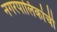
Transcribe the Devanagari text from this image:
नगरपालिकांची